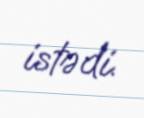
istədi.